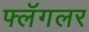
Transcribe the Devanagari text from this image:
फ्लॅगलर